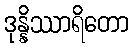
ဒုန္နိဿာရိတော